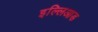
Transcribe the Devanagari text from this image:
इल्लिआड